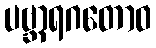
ပဗ္ဘာရဂတောဝ